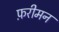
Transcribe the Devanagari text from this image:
फ़रीमन